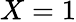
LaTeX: X=1